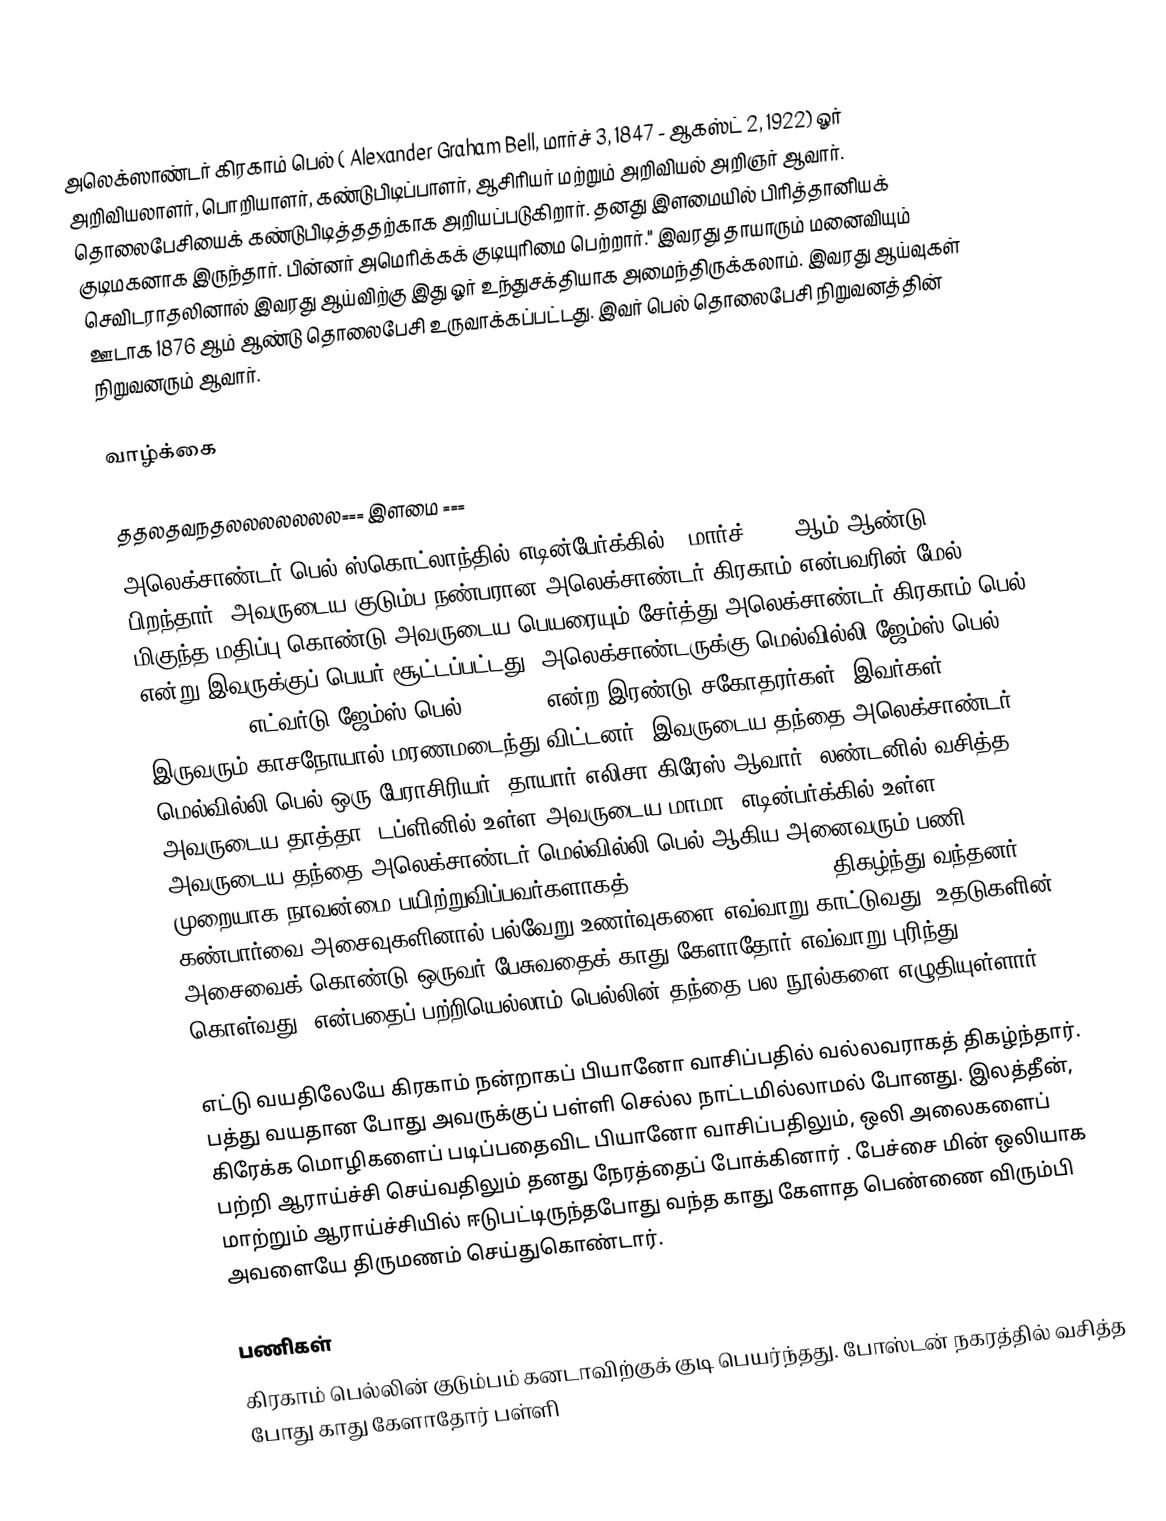
அலெக்ஸாண்டர் கிரகாம் பெல் ( Alexander Graham Bell, மார்ச் 3, 1847 - ஆகஸ்ட் 2, 1922) ஓர் அறிவியலாளர், பொறியாளர், கண்டுபிடிப்பாளர், ஆசிரியர்  மற்றும் அறிவியல் அறிஞர் ஆவார். தொலைபேசியைக் கண்டுபிடித்ததற்காக  அறியப்படுகிறார். தனது இளமையில் பிரித்தானியக் குடிமகனாக இருந்தார். பின்னர் அமெரிக்கக் குடியுரிமை பெற்றார்." இவரது தாயாரும் மனைவியும் செவிடராதலினால் இவரது ஆய்விற்கு இது ஓர் உந்துசக்தியாக அமைந்திருக்கலாம். இவரது ஆய்வுகள் ஊடாக 1876 ஆம் ஆண்டு தொலைபேசி உருவாக்கப்பட்டது. இவர் பெல் தொலைபேசி நிறுவனத்தின் நிறுவனரும் ஆவார்.

வாழ்க்கை

ததலதவநதலலலலலலல=== இளமை ===
அலெக்சாண்டர் பெல்  ஸ்கொட்லாந்தில் எடின்பேர்க்கில் 3 மார்ச் 1847 ஆம் ஆண்டு பிறந்தார்.  அவருடைய குடும்ப நண்பரான அலெக்சாண்டர் கிரகாம் என்பவரின் மேல் மிகுந்த மதிப்பு கொண்டு அவருடைய பெயரையும் சேர்த்து அலெக்சாண்டர் கிரகாம் பெல் என்று இவருக்குப் பெயர் சூட்டப்பட்டது.  அலெக்சாண்டருக்கு மெல்வில்லி ஜேம்ஸ் பெல் (1845–70) , எட்வர்டு ஜேம்ஸ் பெல்(1848–67) என்ற இரண்டு சகோதரர்கள். இவர்கள் இருவரும் காசநோயால் மரணமடைந்து விட்டனர்.  இவருடைய தந்தை அலெக்சாண்டர் மெல்வில்லி பெல் ஒரு பேராசிரியர். தாயார் எலிசா கிரேஸ் ஆவார். லண்டனில் வசித்த அவருடைய தாத்தா, டப்ளினில் உள்ள அவருடைய மாமா, எடின்பர்க்கில் உள்ள அவருடைய தந்தை அலெக்சாண்டர் மெல்வில்லி பெல் ஆகிய அனைவரும் பணி முறையாக நாவன்மை பயிற்றுவிப்பவர்களாகத் (Professed elocutions) திகழ்ந்து வந்தனர். கண்பார்வை அசைவுகளினால் பல்வேறு உணர்வுகளை எவ்வாறு காட்டுவது? உதடுகளின் அசைவைக் கொண்டு ஒருவர் பேசுவதைக் காது கேளாதோர் எவ்வாறு புரிந்து கொள்வது? என்பதைப் பற்றியெல்லாம் பெல்லின் தந்தை பல நூல்களை எழுதியுள்ளார்.

எட்டு வயதிலேயே கிரகாம் நன்றாகப் பியானோ வாசிப்பதில் வல்லவராகத் திகழ்ந்தார். பத்து வயதான போது அவருக்குப் பள்ளி செல்ல நாட்டமில்லாமல் போனது.  இலத்தீன், கிரேக்க மொழிகளைப் படிப்பதைவிட பியானோ வாசிப்பதிலும், ஒலி அலைகளைப் பற்றி ஆராய்ச்சி செய்வதிலும் தனது நேரத்தைப் போக்கினார் .  பேச்சை மின் ஒலியாக மாற்றும் ஆராய்ச்சியில் ஈடுபட்டிருந்தபோது வந்த காது கேளாத பெண்ணை விரும்பி அவளையே திருமணம் செய்துகொண்டார்.

பணிகள்
கிரகாம் பெல்லின் குடும்பம் கனடாவிற்குக் குடி பெயர்ந்தது. போஸ்டன் நகரத்தில் வசித்த போது காது கேளாதோர் பள்ளி